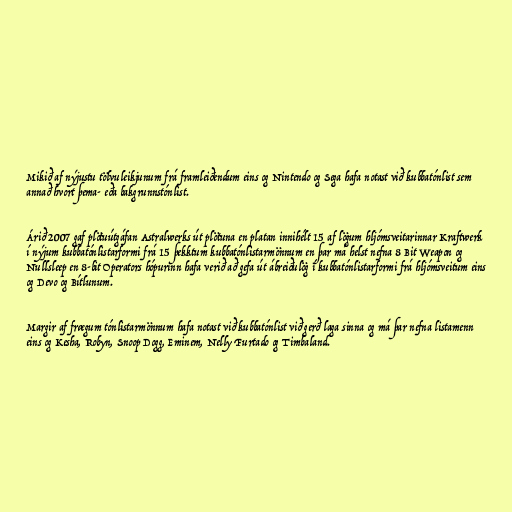
Mikið af nýjustu tölvuleikjunum frá framleiðendum eins og Nintendo og Sega hafa notast við kubbatónlist sem
annað hvort þema- eða bakgrunnstónlist.

Árið 2007 gaf plötuútgáfan Astralwerks út plötuna en platan innihélt 15 af lögum hljómsveitarinnar Kraftwerk
í nýjum kubbatónlistarformi frá 15 þekktum kubbatónlistarmönnum en þar má helst nefna 8 Bit Weapon og
Nullsleep en 8-bit Operators hópurinn hafa verið að gefa út ábreiðulög í kubbatónlistarformi frá hljómsveitum eins
og Devo og Bítlunum.

Margir af frægum tónlistarmönnum hafa notast við kubbatónlist við gerð laga sinna og má þar nefna listamenn
eins og Kesha, Robyn, Snoop Dogg, Eminem, Nelly Furtado og Timbaland.